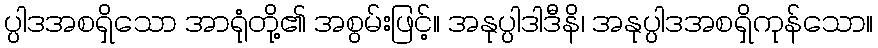
ပ္ပါဒအစရှိသော အာရုံတို့၏ အစွမ်းဖြင့်။ အနုပ္ပါဒါဒီနိ၊ အနုပ္ပါဒအစရှိကုန်သော။